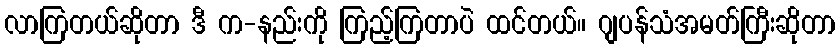
လာကြတယ်ဆိုတာ ဒီ က-နည်းကို ကြည့်ကြတာပဲ ထင်တယ်။ ဂျပန်သံအမတ်ကြီးဆိုတာ